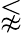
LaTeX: \lnapprox